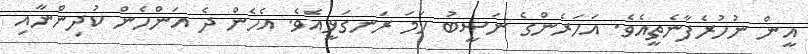
އީން ނުހުރެފާނެތީއެވެ. އަހަރެންގެ ނަސީބު ހަމަ ރަނގަޅީއެވެ. އެހެން ދެ އަންހެން ކުދިންނާއި